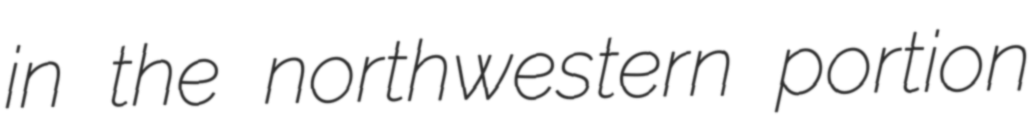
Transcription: in the northwestern portion